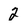
Character: 2